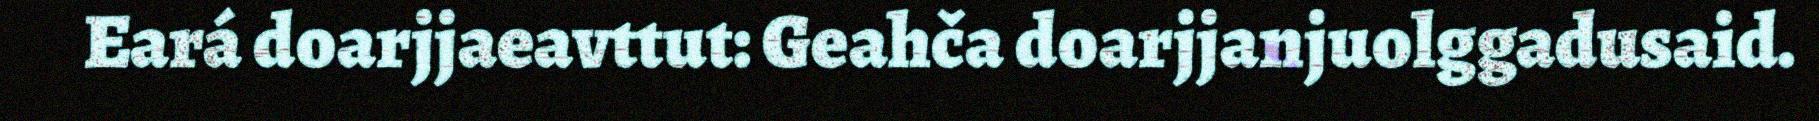
Eará doarjjaeavttut: Geahča doarjjanjuolggadusaid.